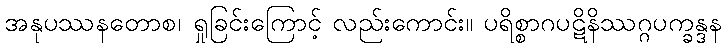
အနုပဿနတောစ၊ ရှုခြင်းကြောင့် လည်းကောင်း။ ပရိစ္စာဂပဋိနိဿဂ္ဂပက္ခန္ဒန